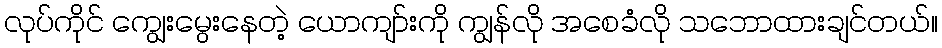
လုပ်ကိုင် ကျွေးမွေးနေတဲ့ ယောကျာ်းကို ကျွန်လို အစေခံလို သဘောထားချင်တယ်။